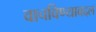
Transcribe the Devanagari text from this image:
वाचविण्याबद्दल